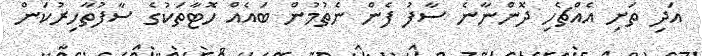
އަދި ތަށި އެއްޗެހި ދޮންނާނެ ސާފު ފެން ނެތުމުން ބައެއް ހޮޓާތަކުގެ ސާފުތާހިރުކަން